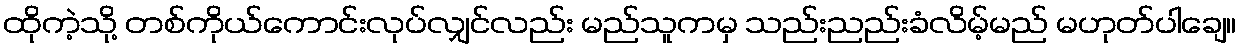
ထိုကဲ့သို့ တစ်ကိုယ်ကောင်းလုပ်လျှင်လည်း မည်သူကမှ သည်းညည်းခံလိမ့်မည် မဟုတ်ပါချေ။